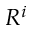
R ^ { i }